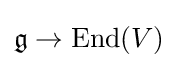
{\mathfrak {g}}\to \operatorname {End} (V)